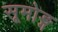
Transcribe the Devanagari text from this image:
सूमोङ्ग